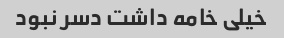
خیلی خامه داشت دسر نبود